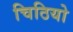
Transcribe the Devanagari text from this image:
चिठियो